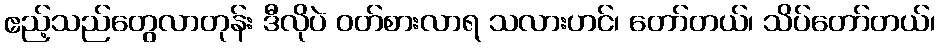
ဧည့်သည်တွေလာတုန်း ဒီလိုပဲ ဝတ်စားလာရ သလားဟင်၊ တော်တယ်၊ သိပ်တော်တယ်၊